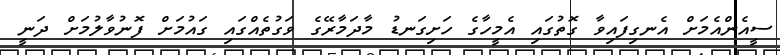
ސީއެންއެމަށް އެނގިފައިވާ ގޮތުގައި އެމީހާގެ ހަށިގަނޑު މާދަމާރޭގެ ވަގުތެއްގައި ގައުމަށް ފޮނުވާލުމަށް ދަނީ